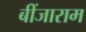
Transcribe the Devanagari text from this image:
बींजाराम